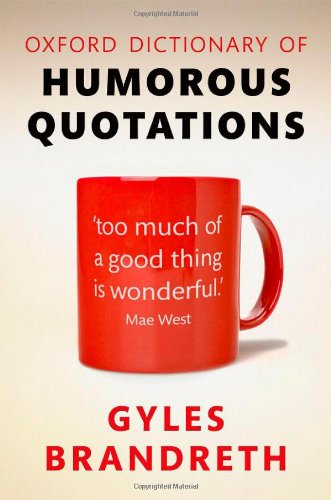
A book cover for Oxford Dictionary of Humorous Quotations 5e; Gyles Brandreth; Reference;